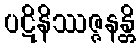
ပဋိနိဿဇ္ဇနန္တိ